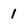
Character: 1